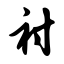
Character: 衬